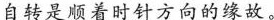
自转是顺着时针方向的缘故。